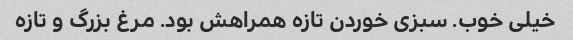
خیلی خوب. سبزی خوردن تازه همراهش بود. مرغ بزرگ و تازه